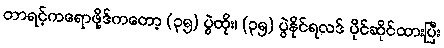
တာရင့်ကရောဖို့ဒ်ကတော့ (၃၅) ပွဲထိုး၊ (၃၅) ပွဲနိုင်ရလဒ် ပိုင်ဆိုင်ထားပြီး